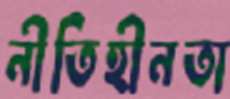
নীতিহীনতা